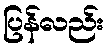
ပြန်လည်း